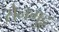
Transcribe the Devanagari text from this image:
सेनगुट्ट